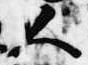
人